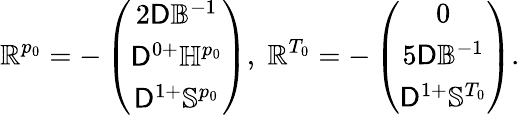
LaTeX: \mathbb{R}^{p_{0}}=-\left(\begin{array}{c}{2\mathsf{D}\mathbb{B}^{-1}}\\ {\mathsf{D}^{0+}\mathbb{H}^{p_{0}}}\\ {\mathsf{D}^{1+}\mathbb{S}^{p_{0}}}\end{array}\right),\; \mathbb{R}^{T_{0}}=-\left(\begin{array}{c}{0}\\ {5\mathsf{D}\mathbb{B}^{-1}}\\ {\mathsf{D}^{1+}\mathbb{S}^{T_{0}}}\end{array}\right).